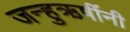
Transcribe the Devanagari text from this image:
जन्हुऋषींनी